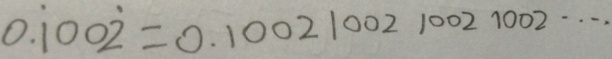
0 . \dot { 1 } 0 0 \dot { 2 } = 0 . 1 0 0 2 1 0 0 2 1 0 0 2 1 0 0 2 \cdots